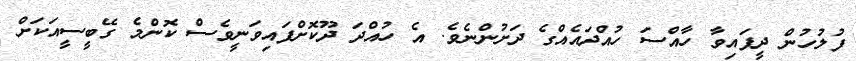
ފުލުހުން ދީފައިވާ ހާއްސަ ހުއްދައެއްގެ ދަށުންނެވެ. އެ ހުއްދަ ދޫކޮށްފައިވަނީވެސް ކޮންމެ ގޭބީސީއަކަށް